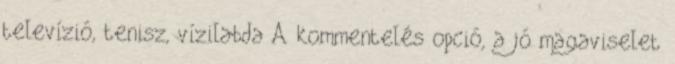
televízió, tenisz, vízilabda A kommentelés opció, a jó magaviselet